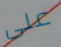
على